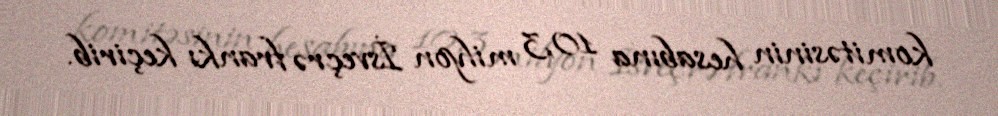
komitəsinin hesabına 10,3 milyon İsveçrə frankı keçirib.